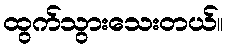
ထွက်သွားသေးတယ်။